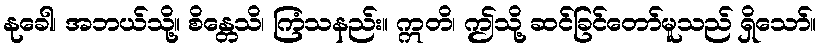
နုခေါ၊ အဘယ်သို့။ စိန္တေသိ၊ ကြံသနည်း။ ဣတိ၊ ဤသို့ ဆင်ခြင်တော်မူသည် ရှိသော်။